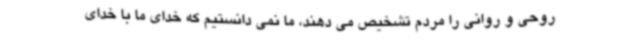
روحی و روانی را مردم تشخیص می دهند، ما نمی دانستیم که خدای ما با خدای